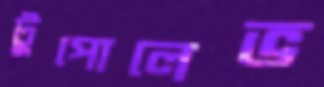
টুপোলেভ